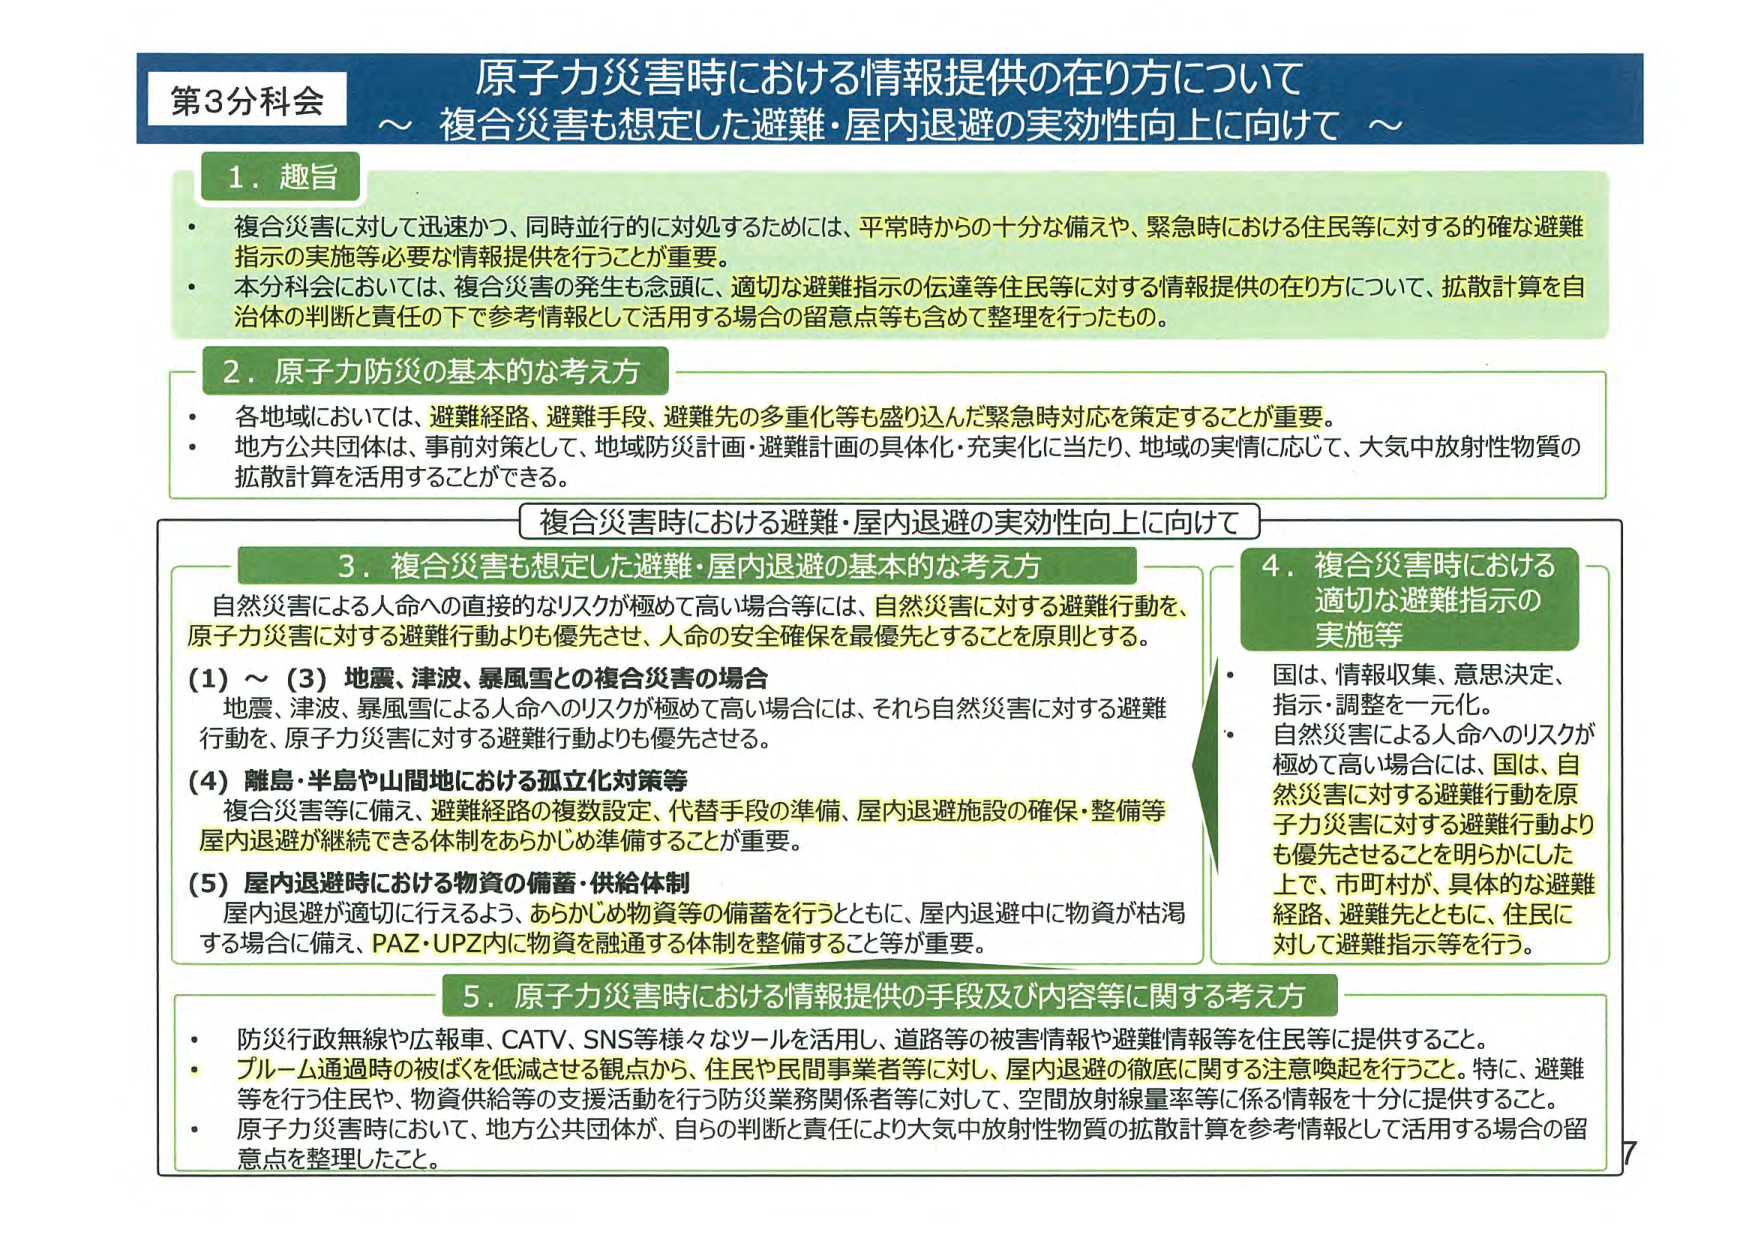
第3分科会
原子力災害時における情報提供の在り方について
～ 複合災害も想定した避難・屋内退避の実効性向上に向けて ～

1. 趣旨
・ 複合災害に対して迅速かつ、同時並行的に対処するためには、平常時からの十分な備えや、緊急時における住民等に対する的確な避難指示の実施等必要な情報提供を行うことが重要。
・ 本分科会においては、複合災害の発生も念頭に、適切な避難指示の伝達等住民等に対する情報提供の在り方について、拡散計算を自治体の判断と責任の下で参考情報として活用する場合の留意点等も含めて整理を行ったもの。

2. 原子力防災の基本的な考え方
・ 各地域においては、避難経路、避難手段、避難先の多重化等も盛り込んだ緊急時対応を策定することが重要。
・ 地方公共団体は、事前対策として、地域防災計画・避難計画の具体化・充実化に当たり、地域の実情に応じて、大気中放射性物質の拡散計算を活用することができる。

複合災害時における避難・屋内退避の実効性向上に向けて

3. 複合災害も想定した避難・屋内退避の基本的な考え方
自然災害による人命への直接的なリスクが極めて高い場合等には、自然災害に対する避難行動を、原子力災害に対する避難行動よりも優先させ、人命の安全確保を最優先とすることを原則とする。
(1) ～ (3) 地震、津波、暴風雪との複合災害の場合
地震、津波、暴風雪による人命へのリスクが極めて高い場合には、それら自然災害に対する避難行動を、原子力災害に対する避難行動よりも優先させる。
(4) 離島・半島や山間地における孤立化対策等
複合災害等に備え、避難経路の複数設定、代替手段の準備、屋内退避施設の確保・整備等、屋内退避が継続できる体制をあらかじめ準備することが重要。
(5) 屋内退避時における物資の備蓄・供給体制
屋内退避が適切に行えるよう、あらかじめ物資等の備蓄を行うとともに、屋内退避中に物資が枯渇する場合に備え、PAZ・UPZ内に物資を融通する体制を整備すること等が重要。

4. 複合災害時における適切な避難指示の実施等
・ 国は、情報収集、意思決定、指示・調整を一元化。
・ 自然災害による人命へのリスクが極めて高い場合には、国は、自然災害に対する避難行動を原子力災害に対する避難行動よりも優先させることを明らかにした上で、市町村が、具体的な避難経路、避難先とともに、住民に対して避難指示等を行う。

5. 原子力災害時における情報提供の手段及び内容等に関する考え方
・ 防災行政無線や広報車、CATV、SNS等様々なツールを活用し、道路等の被害情報や避難情報等を住民等に提供すること。
・ ブルーム通過時の被ばくを低減させる観点から、住民や民間事業者等に対し、屋内退避の徹底に関する注意喚起を行うこと。特に、避難等を行う住民や、物資供給等の支援活動を行う防災業務関係者等に対して、空間放射線量率等に係る情報を十分に提供すること。
・ 原子力災害時において、地方公共団体が、自らの判断と責任により大気中放射性物質の拡散計算を参考情報として活用する場合の留意点を整理したこと。

7